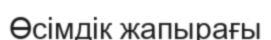
Өсімдік жапырағы